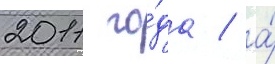
2011 го́да / а́